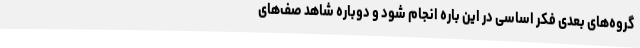
گروه‌‌های بعدی فکر اساسی در این باره انجام شود و دوباره شاهد صف‌های